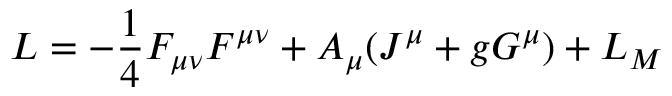
{ \cal L } = - \frac { 1 } { 4 } F _ { \mu \nu } F ^ { \mu \nu } + A _ { \mu } ( J ^ { \mu } + g G ^ { \mu } ) + { \cal L } _ { M }